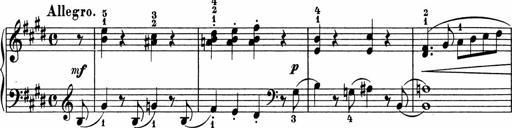
Title: 5 Sonatinen fÃ¼r die Jugend
Composer: Carl Reinecke